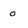
Character: o